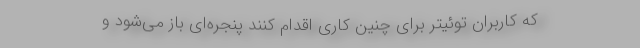
که کاربران توئیتر برای چنین کاری اقدام کنند پنجره‌ای باز می‌شود و